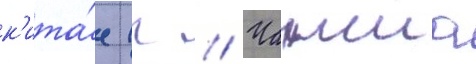
к'ита́е (г // Чанша